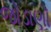
જોડાણૉ